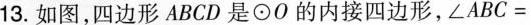
13. 如图，四边形ABCD是⊙O的内接四边形，$$∠ A B C =